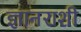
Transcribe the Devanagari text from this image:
ज्ञानराशी